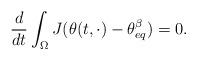
LaTeX: \begin{align*} \frac{d}{dt} \int_\Omega J (\theta(t,\cdot) - \theta_{eq}^\beta) = 0.\end{align*}